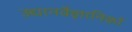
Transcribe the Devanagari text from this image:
उद्यानवैज्ञानिकों